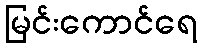
မြင်းကောင်ရေ